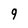
Character: 9